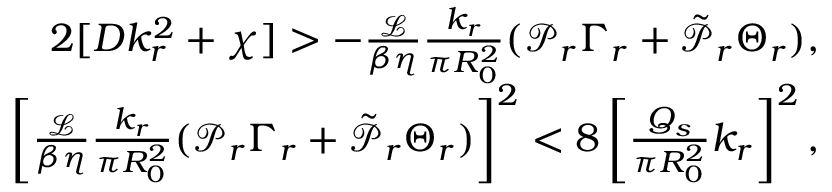
\begin{array} { r } { 2 [ D k _ { r } ^ { 2 } + \chi ] > - \frac { \mathcal { L } } { \beta \eta } \frac { k _ { r } } { \pi R _ { 0 } ^ { 2 } } ( \mathcal { P } _ { r } \Gamma _ { r } + \tilde { \mathcal { P } } _ { r } \Theta _ { r } ) , } \\ { \left[ \frac { \mathcal { L } } { \beta \eta } \frac { k _ { r } } { \pi R _ { 0 } ^ { 2 } } ( \mathcal { P } _ { r } \Gamma _ { r } + \tilde { \mathcal { P } } _ { r } \Theta _ { r } ) \right] ^ { 2 } < 8 \left[ \frac { Q _ { s } } { \pi R _ { 0 } ^ { 2 } } k _ { r } \right] ^ { 2 } , } \end{array}